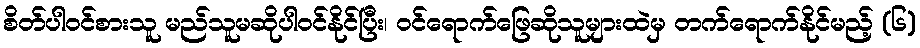
စိတ်ပါ၀င်စားသူ မည်သူမဆိုပါဝင်နိုင်ပြီး၊ ဝင်ရောက်ဖြေဆိုသူများထဲမှ တက်ရောက်နိုင်မည့် (၆)